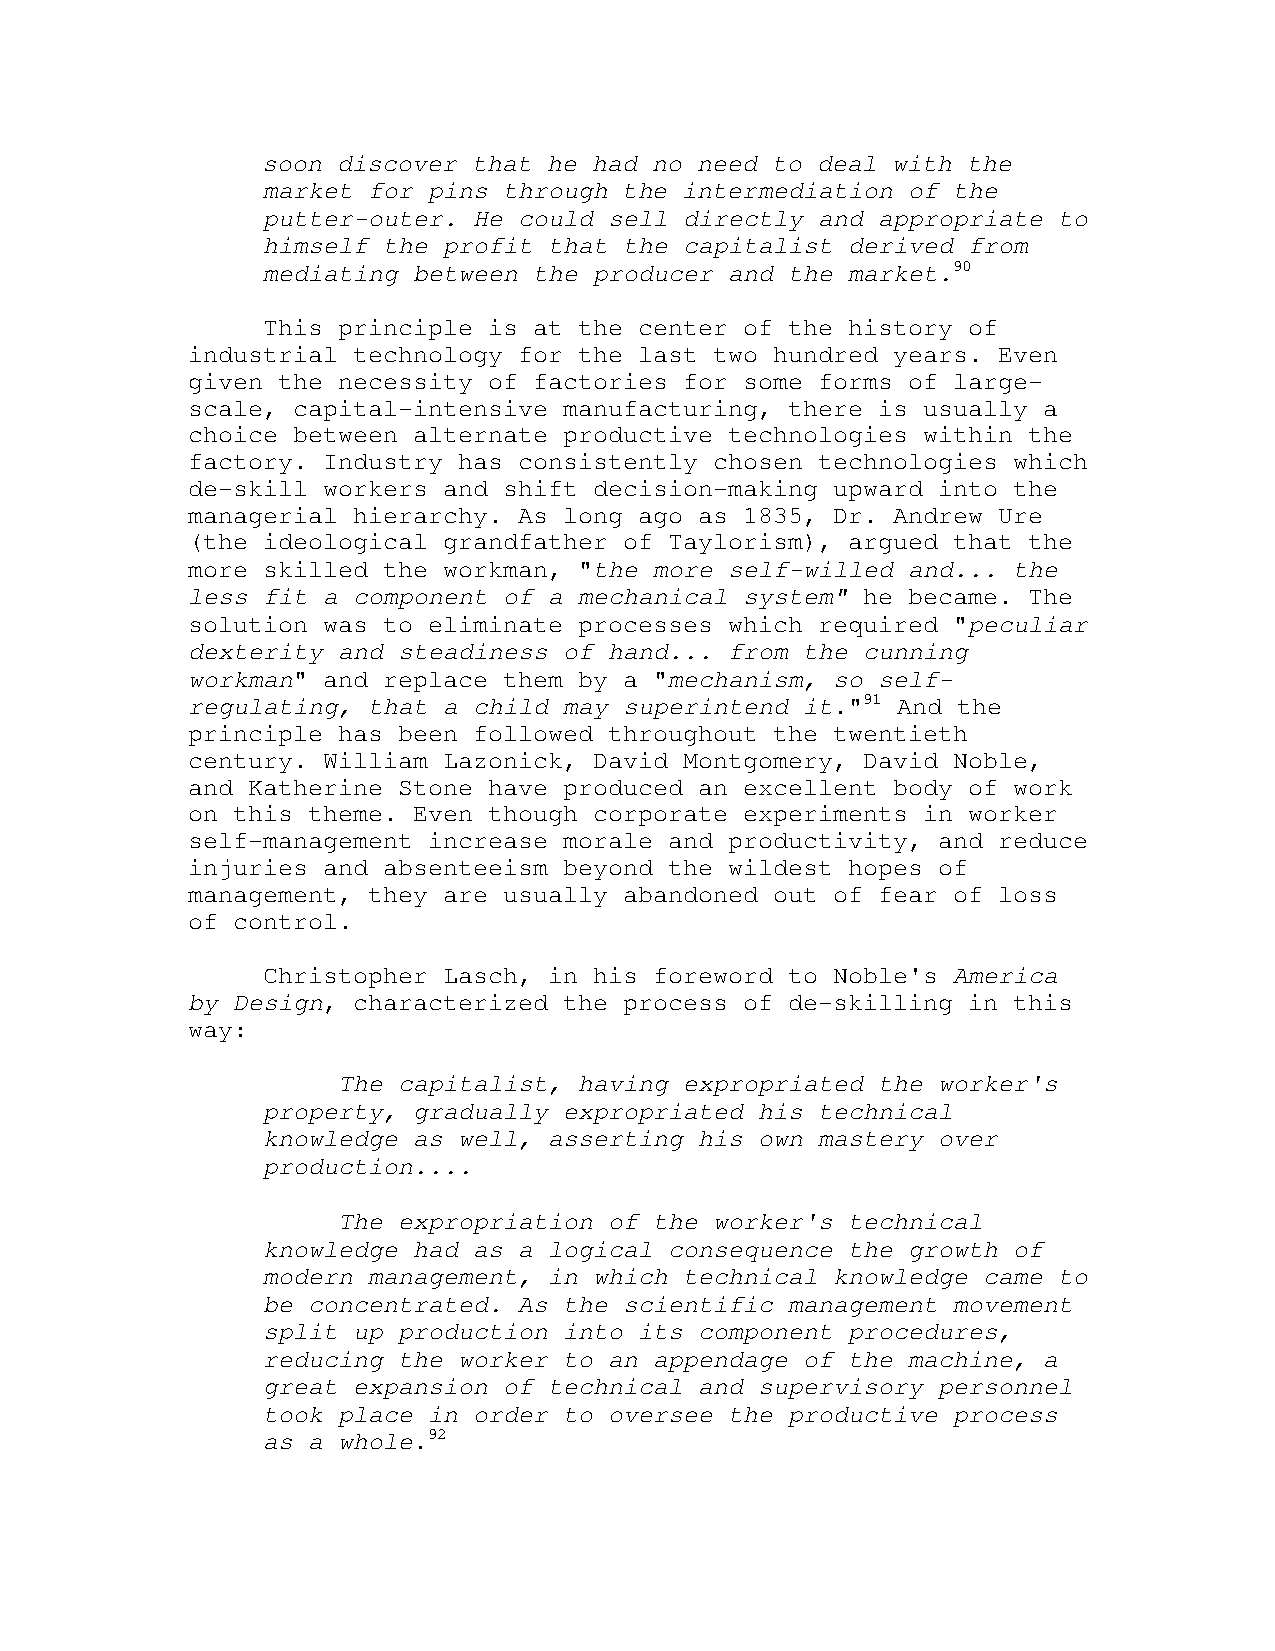
soon discover that he had no need to deal with the
 market for pins through the intermediation of the
 putter-outer. He could sell directly and appropriate to
 himself the profit that the capitalist derived from
 mediating between the producer and the market.90
 This principle is at the center of the history of
 industrial technology for the last two hundred years. Even
 given the necessity of factories for some forms of large-
 scale, capital-intensive manufacturing, there is usually a
 choice between alternate productive technologies within the
 factory. Industry has consistently chosen technologies which
 de-skill workers and shift decision-making upward into the
 managerial hierarchy. As long ago as 1835, Dr. Andrew Ure
 (the ideological grandfather of Taylorism), argued that the
 more skilled the workman, "the more self-willed and... the
 less fit a component of a mechanical system" he became. The
 solution was to eliminate processes which required "peculiar
 dexterity and steadiness of hand... from the cunning
 workman" and replace them by a "mechanism, so self-
 regulating, that a child may superintend it."91 And the
 principle has been followed throughout the twentieth
 century. William Lazonick, David Montgomery, David Noble,
 and Katherine Stone have produced an excellent body of work
 on this theme. Even though corporate experiments in worker
 self-management increase morale and productivity, and reduce
 injuries and absenteeism beyond the wildest hopes of
 management, they are usually abandoned out of fear of loss
 of control.
 Christopher Lasch, in his foreword to Noble's America
 by Design, characterized the process of de-skilling in this
 way:
 The capitalist, having expropriated the worker's
 property, gradually expropriated his technical
 knowledge as well, asserting his own mastery over
 production....
 The expropriation of the worker's technical
 knowledge had as a logical consequence the growth of
 modern management, in which technical knowledge came to
 be concentrated. As the scientific management movement
 split up production into its component procedures,
 reducing the worker to an appendage of the machine, a
 great expansion of technical and supervisory personnel
 took place in order to oversee the productive process
 as a whole.92